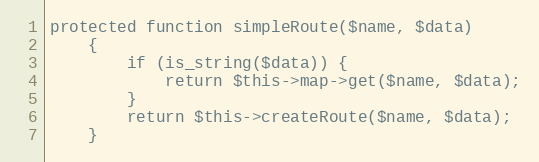
Language: PHP
protected function simpleRoute($name, $data)
    {
        if (is_string($data)) {
            return $this->map->get($name, $data);
        }
        return $this->createRoute($name, $data);
    }